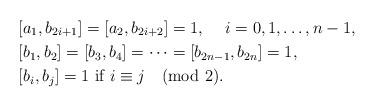
LaTeX: \begin{align*}& [a_1, b_{2i+1}]=[a_2, b_{2i+2}]=1, \hskip5mm i=0,1,\ldots, n-1,\\& [b_1,b_2] = [b_3,b_4] = \cdots = [b_{2n-1}, b_{2n}]=1,\\& [b_i,b_j]=1 \mbox{ if } i\equiv j \pmod 2.\end{align*}